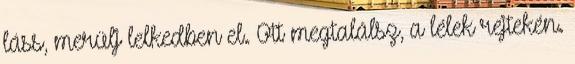
láss, merülj lelkedben el. Ott megtalálsz, a lélek rejtekén.